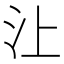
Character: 𰛈